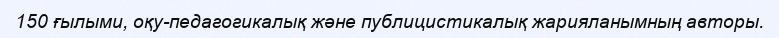
150 ғылыми, оқу-педагогикалық және публицистикалық жарияланымның авторы.